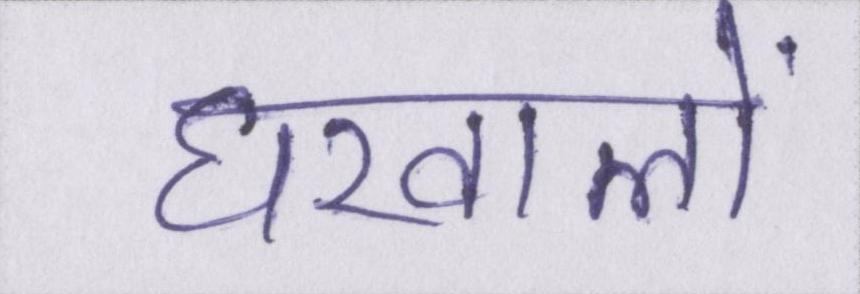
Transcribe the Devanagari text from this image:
घरवालों